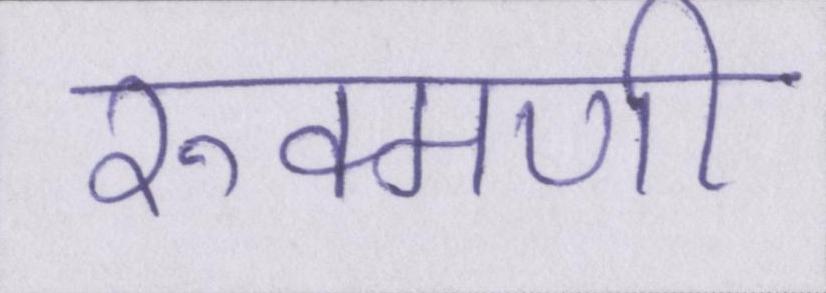
रुक्मणी